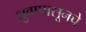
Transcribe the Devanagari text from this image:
ध्रुवापासूनचे